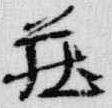
荘